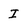
Character: I